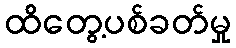
ထိတွေ့ပစ်ခတ်မှု